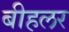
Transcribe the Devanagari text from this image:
बीहलर